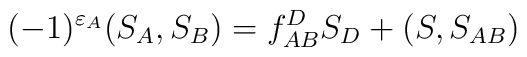
(-1)^{\varepsilon_A}(S_A,S_B)=f_{AB}^D S_D+(S,S_{AB})